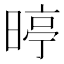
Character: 𮲥